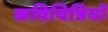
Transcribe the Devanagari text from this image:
कवियित्रियों